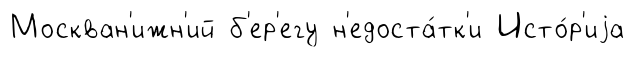
Москван'ижн'ий б'ер'егу н'едоста́тк'и Исто́р'иjа